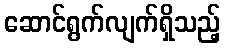
ဆောင်ရွက်လျက်ရှိသည့်